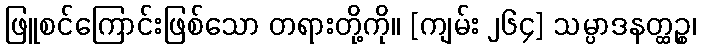
ဖြူစင်ကြောင်းဖြစ်သော တရားတို့ကို။ [ကျမ်း ၂၆၄] သမ္ပာဒနတ္ထဉ္စ၊